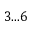
3 . . . 6